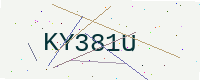
Text: KY381U